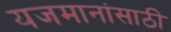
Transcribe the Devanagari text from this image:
यजमानांसाठी